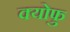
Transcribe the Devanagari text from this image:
क्योफु